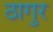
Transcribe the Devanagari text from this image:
ठागुर